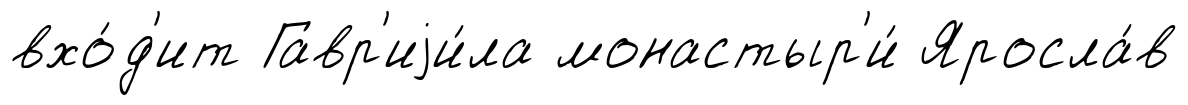
вхо́д'ит Гавр'иjи́ла монастыр'и́ Яросла́в